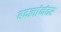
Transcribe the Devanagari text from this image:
बदलांनंतर